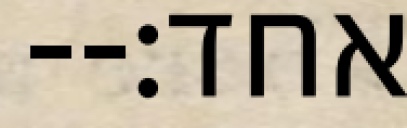
אחד׃--